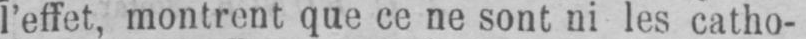
l’effet, montrent que ce ne sont ni les catho-